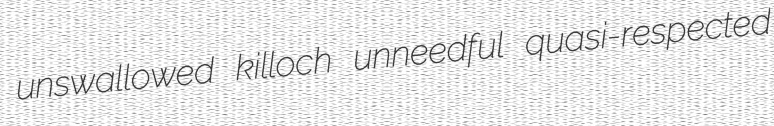
unswallowed killoch unneedful quasi-respected